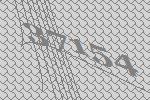
37154